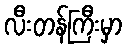
လီးတန်ကြီးမှာ